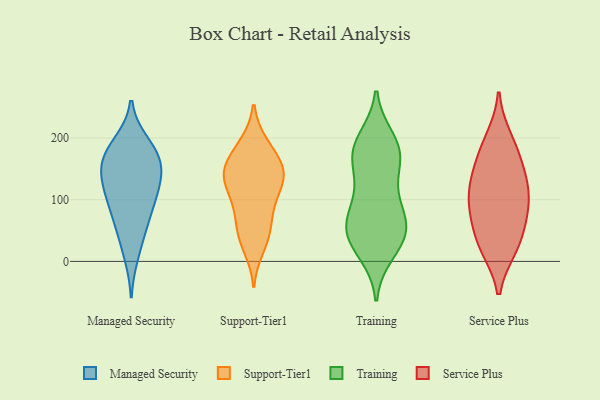
{"axis": {"x": "Tickets Resolved", "y": "Value"}, "legend": ["Managed Security", "Service Plus", "Support-Tier1", "Training"], "data": [{"x": "", "y": 58, "type": "Managed Security"}, {"x": "", "y": 148, "type": "Managed Security"}, {"x": "", "y": 169, "type": "Managed Security"}, {"x": "", "y": 109, "type": "Managed Security"}, {"x": "", "y": 136, "type": "Managed Security"}, {"x": "", "y": 10, "type": "Managed Security"}, {"x": "", "y": 102, "type": "Managed Security"}, {"x": "", "y": 88, "type": "Managed Security"}, {"x": "", "y": 192, "type": "Managed Security"}, {"x": "", "y": 162, "type": "Managed Security"}, {"x": "", "y": 122, "type": "Managed Security"}, {"x": "", "y": 52, "type": "Managed Security"}, {"x": "", "y": 187, "type": "Managed Security"}, {"x": "", "y": 161, "type": "Managed Security"}, {"x": "", "y": 131, "type": "Support-Tier1"}, {"x": "", "y": 142, "type": "Support-Tier1"}, {"x": "", "y": 166, "type": "Support-Tier1"}, {"x": "", "y": 190, "type": "Support-Tier1"}, {"x": "", "y": 101, "type": "Support-Tier1"}, {"x": "", "y": 22, "type": "Support-Tier1"}, {"x": "", "y": 124, "type": "Support-Tier1"}, {"x": "", "y": 158, "type": "Support-Tier1"}, {"x": "", "y": 50, "type": "Support-Tier1"}, {"x": "", "y": 98, "type": "Support-Tier1"}, {"x": "", "y": 141, "type": "Support-Tier1"}, {"x": "", "y": 138, "type": "Support-Tier1"}, {"x": "", "y": 190, "type": "Support-Tier1"}, {"x": "", "y": 34, "type": "Support-Tier1"}, {"x": "", "y": 58, "type": "Support-Tier1"}, {"x": "", "y": 150, "type": "Support-Tier1"}, {"x": "", "y": 77, "type": "Support-Tier1"}, {"x": "", "y": 46, "type": "Training"}, {"x": "", "y": 158, "type": "Training"}, {"x": "", "y": 42, "type": "Training"}, {"x": "", "y": 15, "type": "Training"}, {"x": "", "y": 28, "type": "Training"}, {"x": "", "y": 55, "type": "Training"}, {"x": "", "y": 90, "type": "Training"}, {"x": "", "y": 90, "type": "Training"}, {"x": "", "y": 59, "type": "Training"}, {"x": "", "y": 177, "type": "Training"}, {"x": "", "y": 187, "type": "Training"}, {"x": "", "y": 197, "type": "Training"}, {"x": "", "y": 53, "type": "Training"}, {"x": "", "y": 179, "type": "Training"}, {"x": "", "y": 167, "type": "Training"}, {"x": "", "y": 120, "type": "Training"}, {"x": "", "y": 72, "type": "Service Plus"}, {"x": "", "y": 162, "type": "Service Plus"}, {"x": "", "y": 117, "type": "Service Plus"}, {"x": "", "y": 75, "type": "Service Plus"}, {"x": "", "y": 22, "type": "Service Plus"}, {"x": "", "y": 83, "type": "Service Plus"}, {"x": "", "y": 122, "type": "Service Plus"}, {"x": "", "y": 142, "type": "Service Plus"}, {"x": "", "y": 199, "type": "Service Plus"}, {"x": "", "y": 184, "type": "Service Plus"}, {"x": "", "y": 31, "type": "Service Plus"}, {"x": "", "y": 109, "type": "Service Plus"}, {"x": "", "y": 23, "type": "Service Plus"}]}